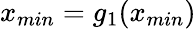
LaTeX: x_{min}=g_{1}(x_{min})